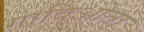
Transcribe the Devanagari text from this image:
गाविओता